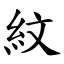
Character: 紋